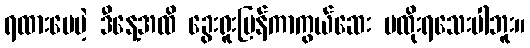
ရထားပေမဲ့ ဒီနေ့အထိ ခွေးရူးပြန်ကာကွယ်ဆေး မထိုးရသေးပါဘူး။